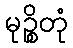
မုဉ္စိတုံ